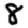
Digit: 8